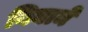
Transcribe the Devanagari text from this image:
नियामें